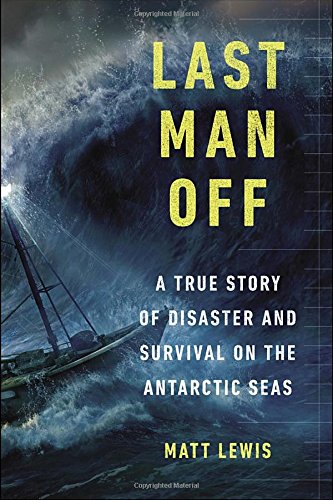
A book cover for Last Man Off: A True Story of Disaster and Survival on the Antarctic Seas; Matt Lewis; Science & Math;